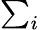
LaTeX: \textstyle\sum_{i}